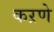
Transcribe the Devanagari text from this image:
कऱणे